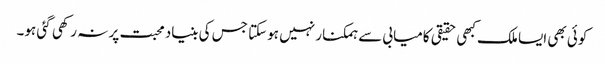
کوئی بھی ایسا ملک کبھی حقیقی کامیابی سے ہمکنار نہیں ہوسکتا جس کی بنیاد محبت پر نہ رکھی گئی ہو۔